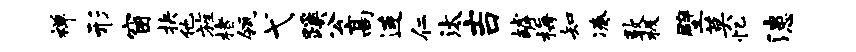
禅形窗抉他旌楮瓴弋蹊公高连仁汰吉罅梅知凑敦极壁莫忆漶